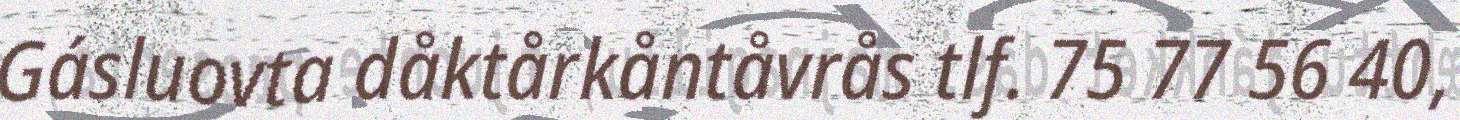
Gásluovta dåktårkåntåvrås tlf. 75 77 56 40,